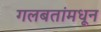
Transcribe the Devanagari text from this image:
गलबतांमधून